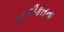
હકીકતના